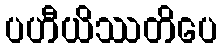
ပဟီယိဿတိပေ